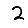
Digit: 2